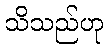
သိသည်ဟု